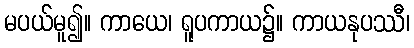
မပယ်မူ၍။ ကာယေ၊ ရူပကာယ၌။ ကာယနုပဿီ၊